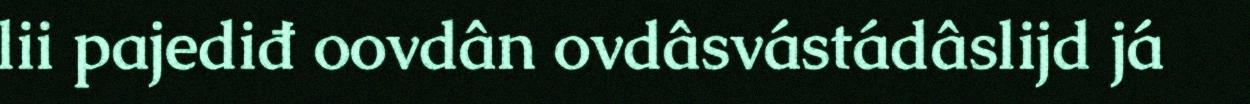
lii pajediđ oovdân ovdâsvástádâslijd já